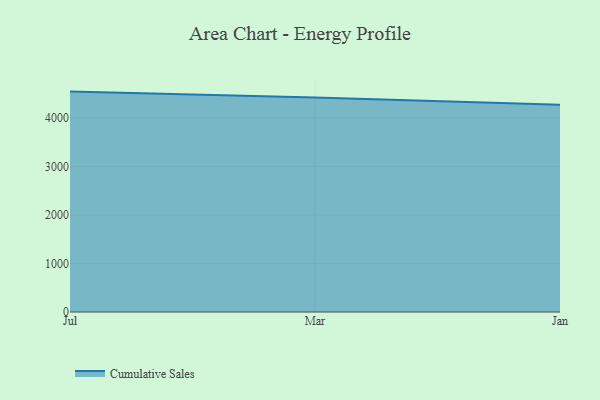
{"axis": {"x": "Month", "y": "Market Share (%)"}, "legend": ["Cumulative Sales"], "data": [{"x": "Jul", "y": 4542.0, "type": "Cumulative Sales"}, {"x": "Mar", "y": 4420.0, "type": "Cumulative Sales"}, {"x": "Jan", "y": 4269.8, "type": "Cumulative Sales"}]}